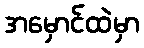
အမှောင်ထဲမှာ